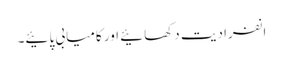
انفرادیت دکھائیے اور کامیابی پائیے۔